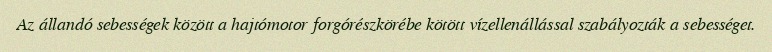
Az állandó sebességek között a hajtómotor forgórészkörébe kötött vízellenállással szabályozták a sebességet.